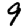
Digit: 9